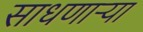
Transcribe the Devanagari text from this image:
साधणार्‍या